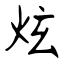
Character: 炫